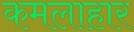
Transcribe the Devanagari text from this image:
कमलाहार